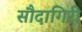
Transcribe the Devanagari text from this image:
सौदागिरी